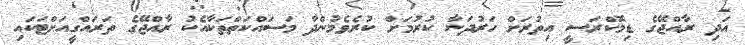
އަދި ރާއްޖޭގެ ޑިމޮކްރަސީ އިތުރަށް ހަރުދަނާ ކުރުމަށް ކުރެވެމުންދާ މަސައްކަތްތަކާއެކު ރާއްޖޭގެ ތަރައްގީއަށްޓަކައި